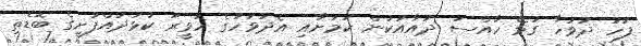
ފަހު ދުވަހާ ގުޅޭ ހާއްސަ ދުއާއަކުން ކަމަށާއި އެދުވަހުގެ ހަވީރު ކުޅުދުއްފުށީގެ ބޮޑެތި